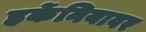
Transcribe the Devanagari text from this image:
हर्केनियावर